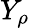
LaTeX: Y_{\rho}